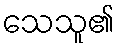
သေသူ၏